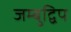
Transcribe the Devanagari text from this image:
जम्‍बुद्विप